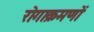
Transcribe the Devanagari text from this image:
रोगाक्रमणों